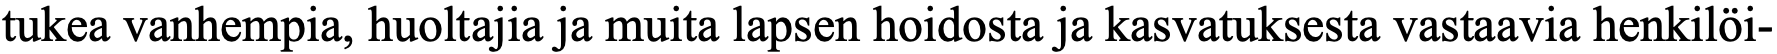
tukea vanhempia, huoltajia ja muita lapsen hoidosta ja kasvatuksesta vastaavia henkilöi-